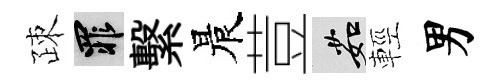
疎罪繫晨荳茹輕男